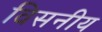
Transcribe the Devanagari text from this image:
विसनीय